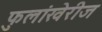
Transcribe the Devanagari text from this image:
फुलांखेरीज